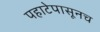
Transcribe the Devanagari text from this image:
पहाटेपासूनच